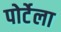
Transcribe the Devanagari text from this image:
पोर्टेला